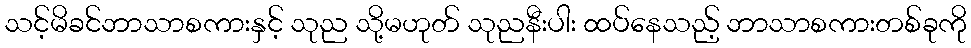
သင့်မိခင်ဘာသာစကားနှင့် သုည သို့မဟုတ် သုညနီးပါး ထပ်နေသည့် ဘာသာစကားတစ်ခုကို